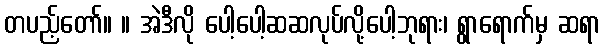
တပည့်တော်။ ။ အဲဒီလို ပေါ့ပေါ့ဆဆလုပ်လို့ပေါ့ဘုရား၊ ရွာရောက်မှ ဆရာ